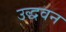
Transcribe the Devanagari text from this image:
उद्धवन